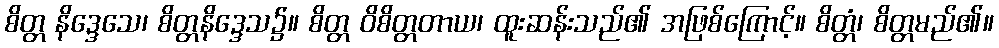
စိတ္တ နိဒ္ဒေသေ၊ စိတ္တနိဒ္ဒေသ၌။ စိတ္တ ဝိစိတ္တတာယ၊ ထူးဆန်းသည်၏ အဖြစ်ကြောင့်။ စိတ္တံ၊ စိတ္တမည်၏။